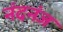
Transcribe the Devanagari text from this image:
नंदनंज